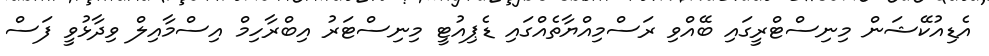
އެޑިއުކޭޝަން މިނިސްޓްރީގައި ބޭއްވި ރަސްމިއްޔާތެއްގައި ޑެޕިއުޓީ މިނިސްޓަރު އިބްރާހިމް އިސްމާއިލް ވިދާޅުވީ ފަސް